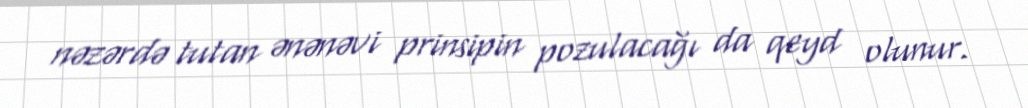
nəzərdə tutan ənənəvi prinsipin pozulacağı da qeyd olunur.